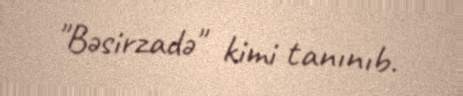
"Bəsirzadə" kimi tanınıb.